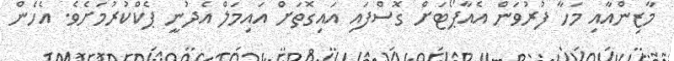
މާޒިންއާއި މަހާ ފުރުވަން އެއާޕޯޓަށް ގޮސްފައި އައިގޮތަށް އައިމަލް އެދުނީ ޕެކްކުރުމަށެވެ. އެހެން